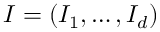
\boldsymbol I = ( I _ { 1 } , \ldots , I _ { d } )